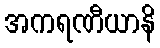
အကရဏီယာနိ